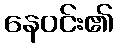
နေဝင်း၏